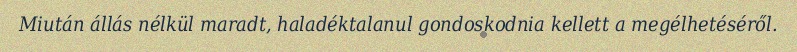
Miután állás nélkül maradt, haladéktalanul gondoskodnia kellett a megélhetéséről.